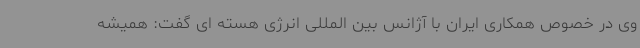
وی در خصوص همکاری ایران با آژانس بین المللی انرژی هسته ای گفت: همیشه